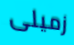
زميلى